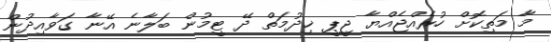
މާ މަތިކޮށް ހުރެއްޖެއްޔާ ޖީޕީ ޚިދުމަތް ދޭ ޓީމުން ބަލާނެ އޭނާ ގަވާއިދުން